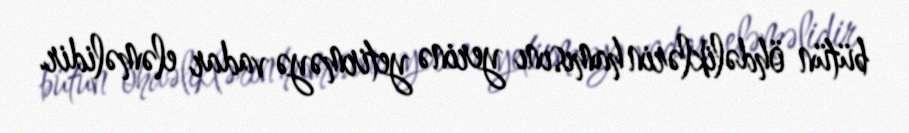
bütün öhdəliklərin hamısını yerinə yetirməyə vadar eləməlidir.